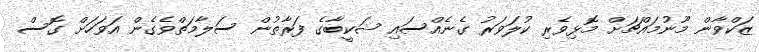
ޒަކްވާން މޫނުމައްޗަށް މޮޅިވެރި ކުލަވަރު ގެނެއްސައި ޝަކީބާގެ ފަރާތުން ސަލާމަތްވެގެން އަވަހަށް ގޮސް